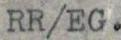
RR/EG.